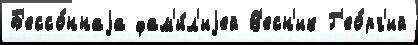
Б'ессо́ннаjа фам'и́л'иjей В'есн'ик Г'ео́рг'ий